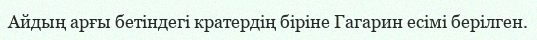
Айдың арғы бетіндегі кратердің біріне Гагарин есімі берілген.